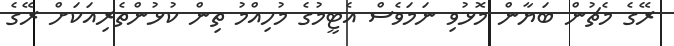
ރޭގެ މެޗުން ބަޔާން މޮޅުވި ނަމަވެސް އެޓީމުގެ މުހިއްމު ތިން ކުޅުންތެރިއަކަށް ރޭގެ